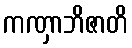
ကဏှာဘိဇာတိ